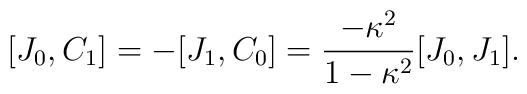
[J_0,C_1]=-[J_1,C_0]={\frac{-\kappa ^2}{1-\kappa ^2}}[J_0,J_1].